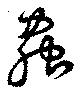
虫